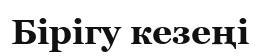
Бірігу кезеңі